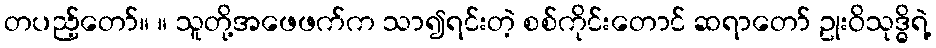
တပည့်တော်။ ။ သူတို့အဖေဖက်က သာ၍ရင်းတဲ့ စစ်ကိုင်းတောင် ဆရာတော် ဥုးဝိသုဒ္ဓိရဲ့